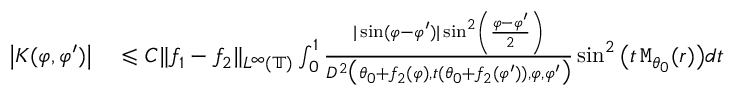
\begin{array} { r l } { \big | K ( \varphi , \varphi ^ { \prime } ) \big | } & { { } \leqslant C \| f _ { 1 } - f _ { 2 } \| _ { L ^ { \infty } ( \mathbb { T } ) } \int _ { 0 } ^ { 1 } \frac { | \sin ( \varphi - \varphi ^ { \prime } ) | \sin ^ { 2 } \left( \frac { \varphi - \varphi ^ { \prime } } { 2 } \right) } { D ^ { 2 } \big ( \theta _ { 0 } + f _ { 2 } ( \varphi ) , t ( \theta _ { 0 } + f _ { 2 } ( \varphi ^ { \prime } ) ) , \varphi , \varphi ^ { \prime } \big ) } \sin ^ { 2 } \big ( t \, \mathtt { M } _ { \theta _ { 0 } } ( r ) \big ) d t } \end{array}